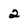
Character: 2